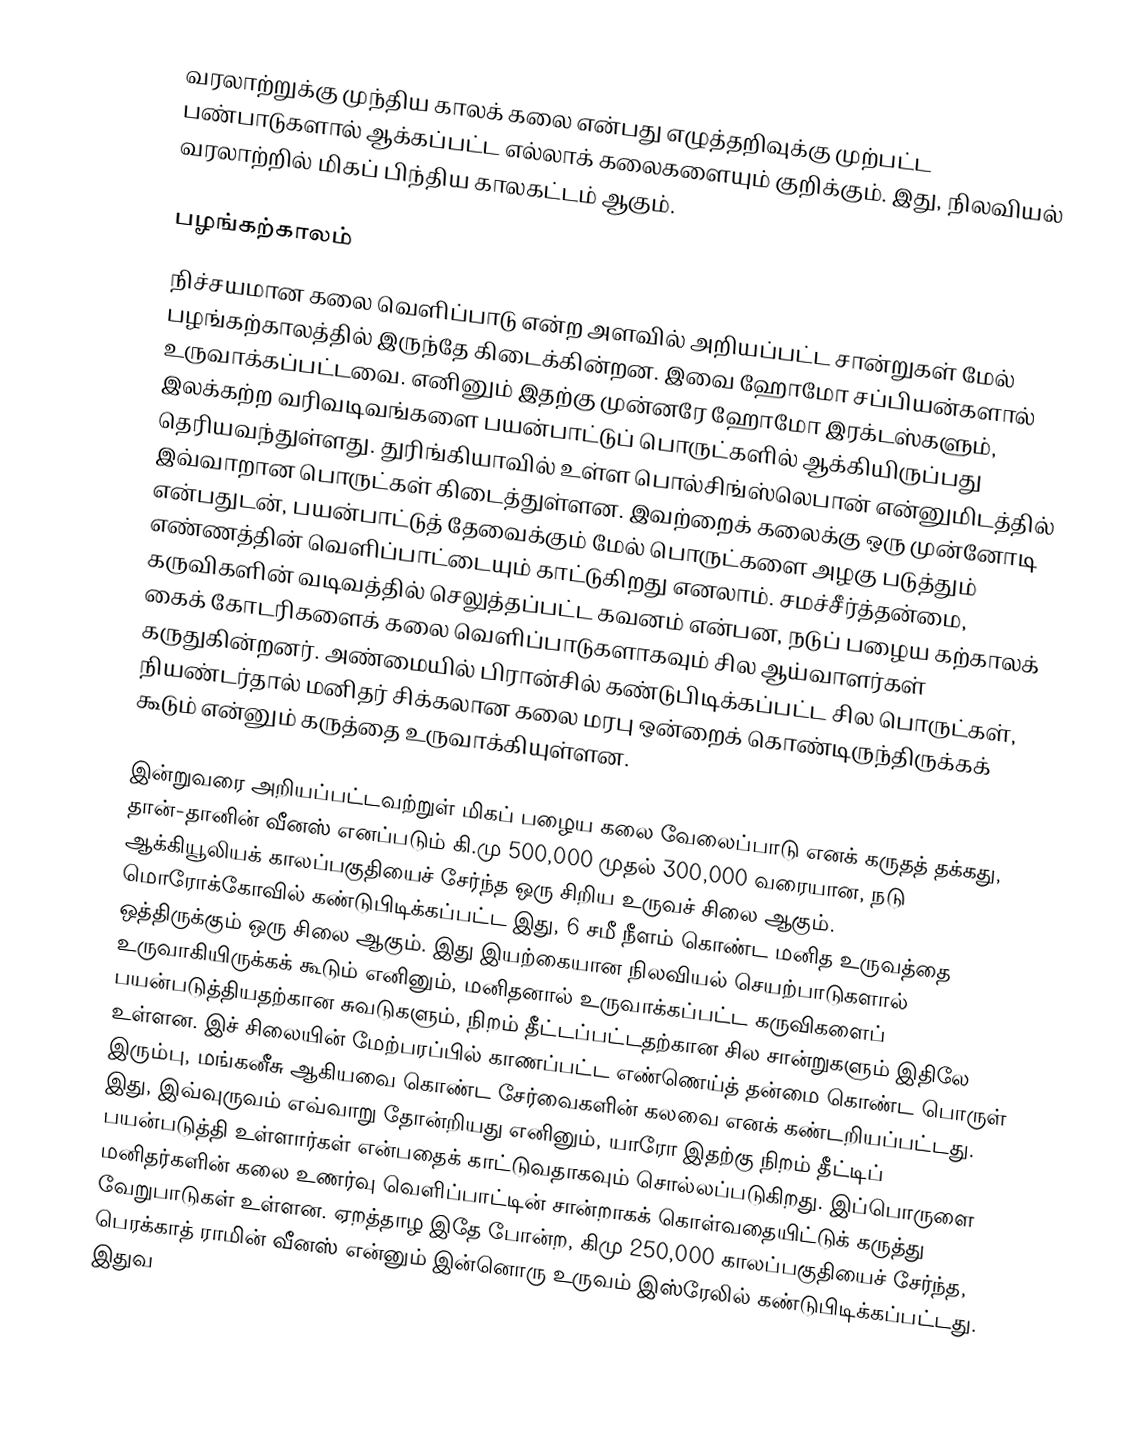
வரலாற்றுக்கு முந்திய காலக் கலை என்பது எழுத்தறிவுக்கு முற்பட்ட பண்பாடுகளால் ஆக்கப்பட்ட எல்லாக் கலைகளையும் குறிக்கும். இது, நிலவியல் வரலாற்றில் மிகப் பிந்திய காலகட்டம் ஆகும்.

பழங்கற்காலம்
நிச்சயமான கலை வெளிப்பாடு என்ற அளவில் அறியப்பட்ட சான்றுகள் மேல் பழங்கற்காலத்தில் இருந்தே கிடைக்கின்றன. இவை ஹோமோ சப்பியன்களால் உருவாக்கப்பட்டவை. எனினும் இதற்கு முன்னரே ஹோமோ இரக்டஸ்களும், இலக்கற்ற வரிவடிவங்களை பயன்பாட்டுப் பொருட்களில் ஆக்கியிருப்பது தெரியவந்துள்ளது. துரிங்கியாவில் உள்ள பொல்சிங்ஸ்லெபான் என்னுமிடத்தில் இவ்வாறான பொருட்கள் கிடைத்துள்ளன. இவற்றைக் கலைக்கு ஒரு முன்னோடி என்பதுடன், பயன்பாட்டுத் தேவைக்கும் மேல் பொருட்களை அழகு படுத்தும் எண்ணத்தின் வெளிப்பாட்டையும் காட்டுகிறது எனலாம். சமச்சீர்த்தன்மை, கருவிகளின் வடிவத்தில் செலுத்தப்பட்ட கவனம் என்பன, நடுப் பழைய கற்காலக் கைக் கோடரிகளைக் கலை வெளிப்பாடுகளாகவும் சில ஆய்வாளர்கள் கருதுகின்றனர். அண்மையில் பிரான்சில் கண்டுபிடிக்கப்பட்ட சில பொருட்கள், நியண்டர்தால் மனிதர் சிக்கலான கலை மரபு ஒன்றைக் கொண்டிருந்திருக்கக் கூடும் என்னும் கருத்தை உருவாக்கியுள்ளன.

இன்றுவரை அறியப்பட்டவற்றுள் மிகப் பழைய கலை வேலைப்பாடு எனக் கருதத் தக்கது, தான்-தானின் வீனஸ் எனப்படும் கி.மு 500,000 முதல் 300,000 வரையான, நடு ஆக்கியூலியக் காலப்பகுதியைச் சேர்ந்த ஒரு சிறிய உருவச் சிலை ஆகும். மொரோக்கோவில் கண்டுபிடிக்கப்பட்ட இது, 6 சமீ நீளம் கொண்ட மனித உருவத்தை ஒத்திருக்கும் ஒரு சிலை ஆகும். இது இயற்கையான நிலவியல் செயற்பாடுகளால் உருவாகியிருக்கக் கூடும் எனினும், மனிதனால் உருவாக்கப்பட்ட கருவிகளைப் பயன்படுத்தியதற்கான சுவடுகளும், நிறம் தீட்டப்பட்டதற்கான சில சான்றுகளும் இதிலே உள்ளன. இச் சிலையின் மேற்பரப்பில் காணப்பட்ட எண்ணெய்த் தன்மை கொண்ட பொருள் இரும்பு, மங்கனீசு ஆகியவை கொண்ட சேர்வைகளின் கலவை எனக் கண்டறியப்பட்டது. இது, இவ்வுருவம் எவ்வாறு தோன்றியது எனினும், யாரோ இதற்கு நிறம் தீட்டிப் பயன்படுத்தி உள்ளார்கள் என்பதைக் காட்டுவதாகவும் சொல்லப்படுகிறது. இப்பொருளை மனிதர்களின் கலை உணர்வு வெளிப்பாட்டின் சான்றாகக் கொள்வதையிட்டுக் கருத்து வேறுபாடுகள் உள்ளன. ஏறத்தாழ இதே போன்ற, கிமு 250,000 காலப்பகுதியைச் சேர்ந்த, பெரக்காத் ராமின் வீனஸ் என்னும் இன்னொரு உருவம் இஸ்ரேலில் கண்டுபிடிக்கப்பட்டது. இதுவ